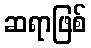
ဆရာဖြစ်